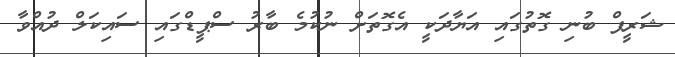
ޝަރީފް ބުނި ގޮތުގައި އަޔާދަކީ އެގޮތަށް ނުކުމެ ބާރު ސްޕީޑްގައި ސައިކަލް ދުއްވާ